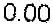
0.00